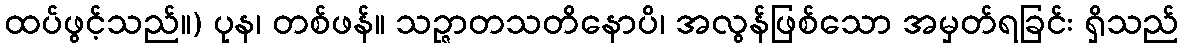
ထပ်ဖွင့်သည်။) ပုန၊ တစ်ဖန်။ သဉ္ဇာတသတိနောပိ၊ အလွန်ဖြစ်သော အမှတ်ရခြင်း ရှိသည်